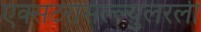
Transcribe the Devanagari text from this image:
एक्सटरासल्ल्युलरली